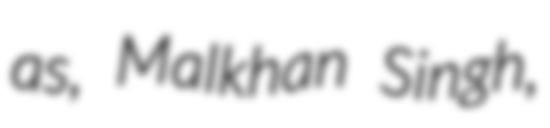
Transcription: as, Malkhan Singh,